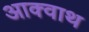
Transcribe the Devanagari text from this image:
आक्वाथ